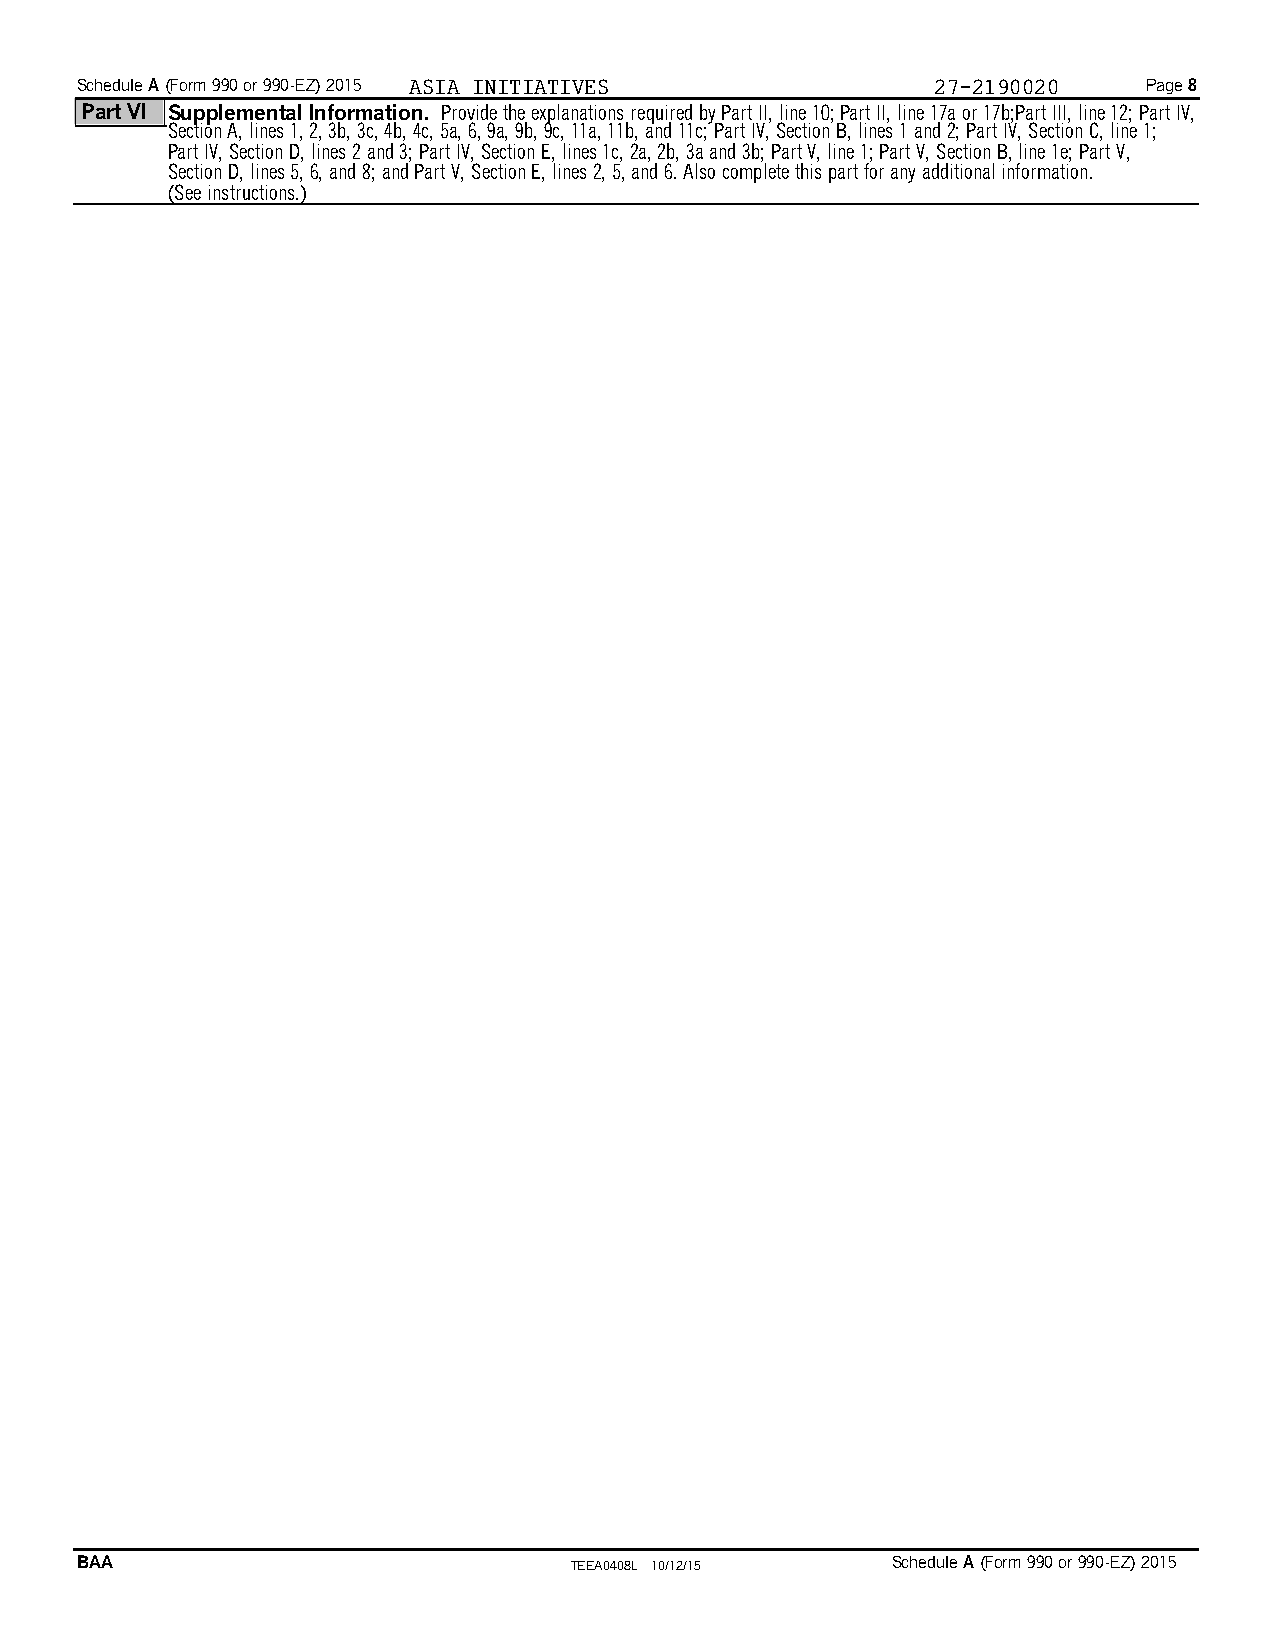
Schedule A(Form 990 or 990-EZ) 2015 ASIA INITIATIVES     27-2190020    Page 8
 Part VI Supplemental Information. Provide the explanations required by Part II, line 10;Part II, line 17a or 17b;Part III, line 12; Part IV,
 Section A, lines 1, 2, 3b, 3c, 4b, 4c, 5a, 6, 9a, 9b, 9c, 11a, 11b, and 11c; Part IV, Section B, lines 1 and 2; Part IV, Section C, line 1;
 Part IV, Section D, lines 2 and 3; Part IV, Section E, lines 1c, 2a, 2b, 3a and 3b; Part V, line 1; Part V, Section B, line 1e; Part V,
 Section D, lines 5, 6, and 8; and Part V, Section E, lines 2, 5, and 6. Also complete this part for any additional information.
 (See instructions.)
 BAA                              TEEA0408L 10/12/15   Schedule A(Form 990 or 990-EZ) 2015